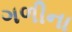
ગળીના